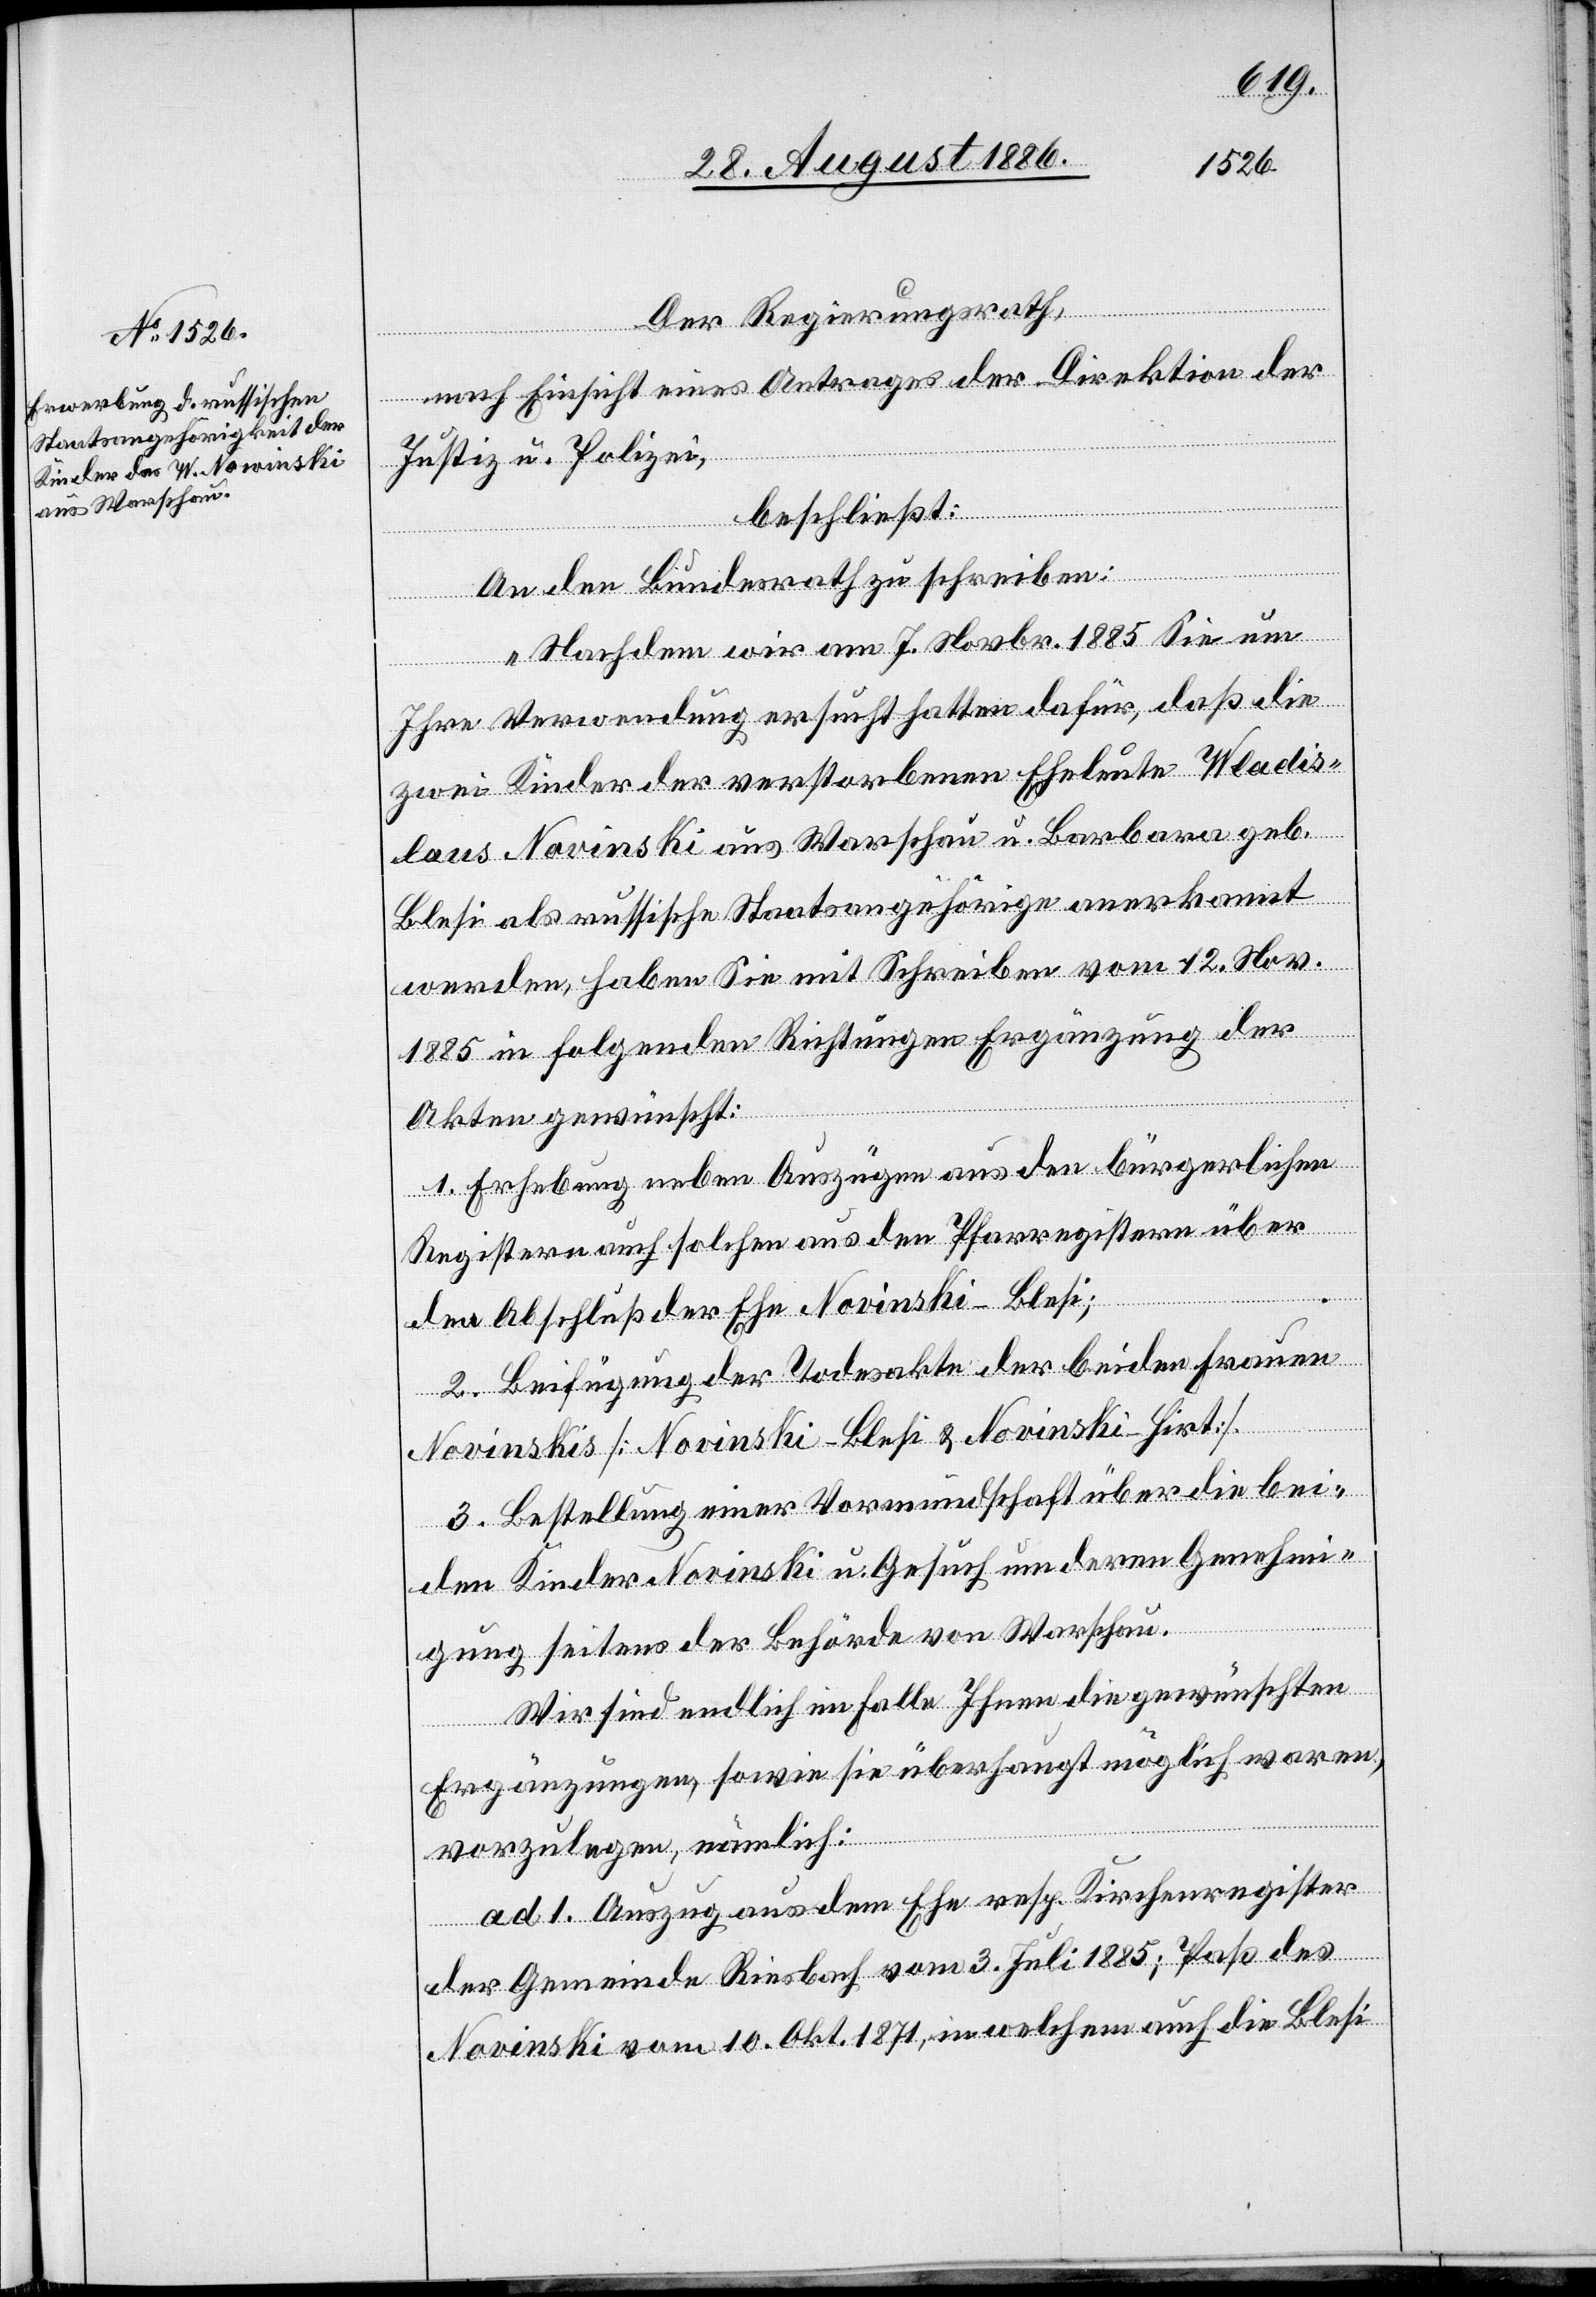
Der Regierungsrath,
nach Einsicht eines Antrages der Direktion der
Justiz & Polizei,
beschließt:
An den Bundesrath zu schreiben:
„Nachdem wir am 7. Novbr. 1885 Sie um
Ihre Verwendung ersucht hatten dafür, daß die
zwei Kinder der verstorbenen Eheleute Wladis¬
laus Novinski [sic!] aus Warschau u. Barbara geb.
Blesi als russische Staatsangehörige anerkannt
werden, haben Sie mit Schreiben vom 12. Nov.
1885 in folgenden Richtungen Ergänzung der
Akten gewünscht:
1. Erhebung neben Auszügen aus den bürgerlichen
Registern auch solchen aus den Pfarrregistern über
den Abschluß der Ehe Novinski-Blesi;
2. Beifügung der Todesakte der beiden Frauen
Novinskis [Novinski-Blesi & Novinski-Hirt].
3. Bestellung einer Vormundschaft über die bei¬
den Kinder Novinski u. Gesuch um deren Genehmi¬
gung seitens der Behörde von Warschau.
Wir sind endlich im Falle Ihnen die gewünschten
Ergänzungen, sowie sie überhaupt möglich waren,
vorzulegen, nämlich:
ad 1. Auszug aus dem Ehe resp. Kirchenregister
der Gemeinde Riesbach vom 3. Juli 1885; Paß des
Novinski vom 10. Okt. 1871, in welchem auch die Blesi